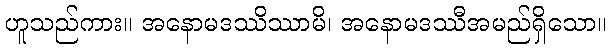
ဟူသည်ကား။ အနောမဒဿိဿာမိ၊ အနောမဒဿီအမည်ရှိသော။